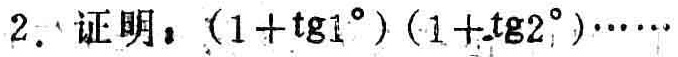
2. 证明：\((1 + \mathrm{tg}1^{\circ})(1+\mathrm{tg}2^{\circ})\cdots\)